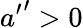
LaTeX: {{a}^{\prime}}^{\prime}>0